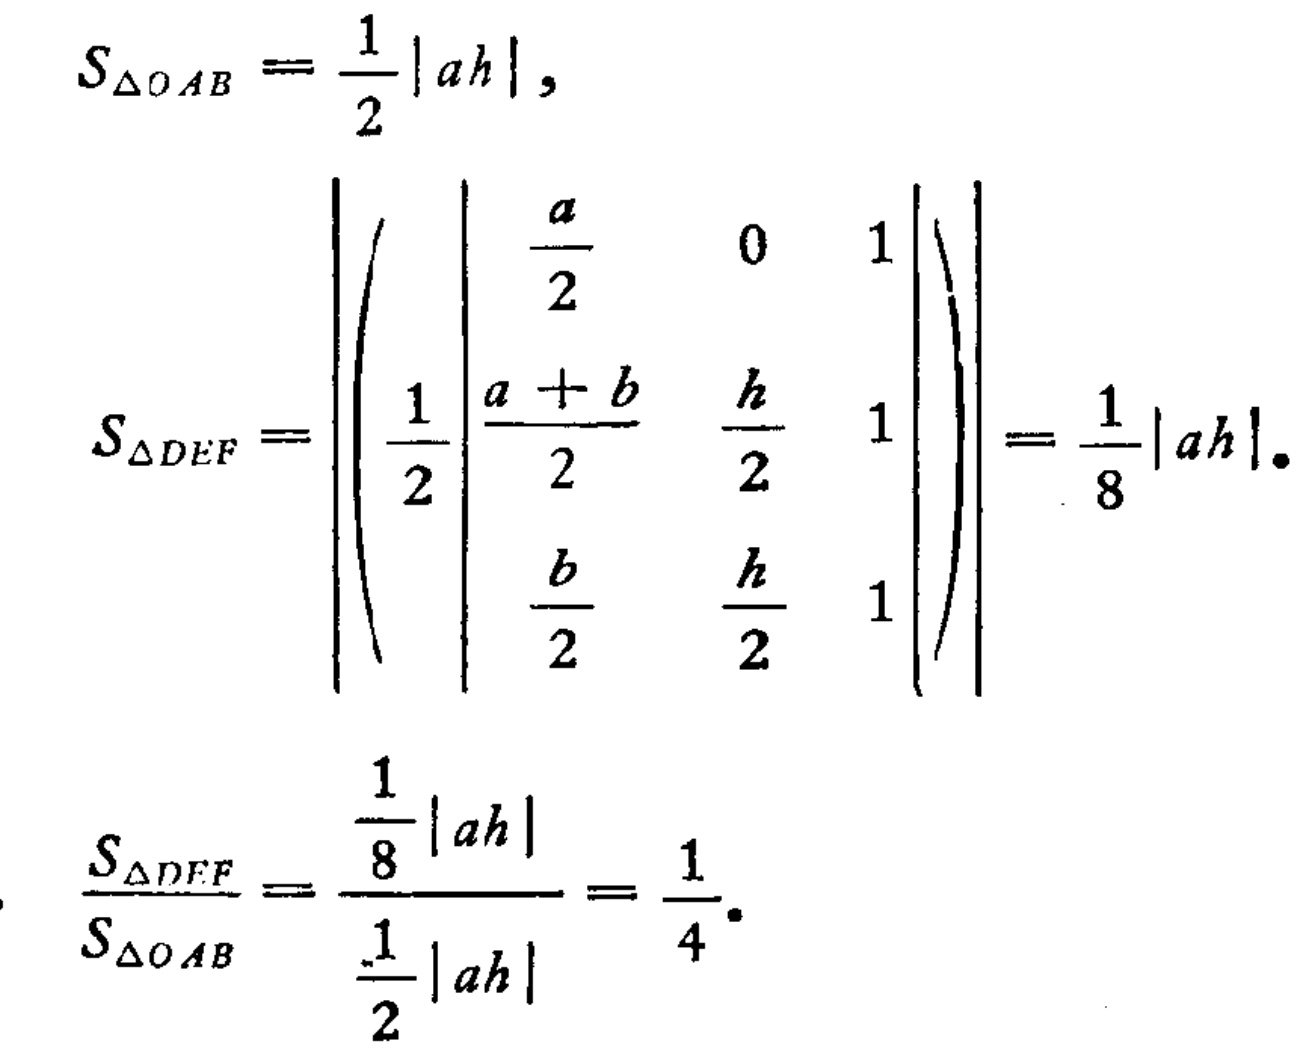
\[
\begin{align*}
S_{\triangle OAB}&=\frac{1}{2}|ah|,\\
S_{\triangle DEF}&=\left|\frac{1}{2}\begin{vmatrix}
\frac{a}{2}&0&1\\
\frac{a + b}{2}&\frac{h}{2}&1\\
\frac{b}{2}&\frac{h}{2}&1
\end{vmatrix}\right|=\frac{1}{8}|ah|.\\
\frac{S_{\triangle DEF}}{S_{\triangle OAB}}&=\frac{\frac{1}{8}|ah|}{\frac{1}{2}|ah|}=\frac{1}{4}.
\end{align*}
\]